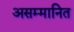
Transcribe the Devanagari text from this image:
असम्मानित